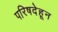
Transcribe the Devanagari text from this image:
परिषदेहून